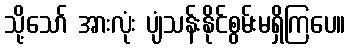
သို့သော် အားလုံး ပျံသန်းနိုင်စွမ်းမရှိကြပေ။